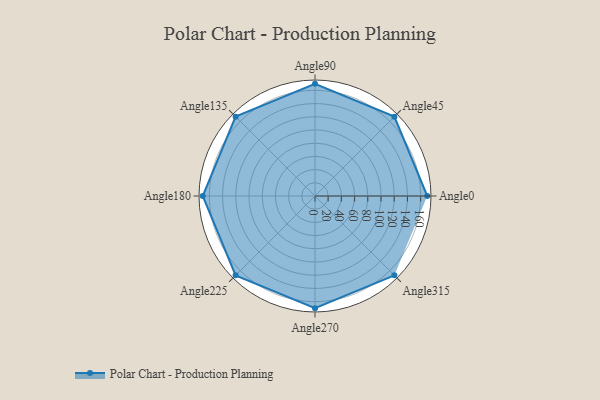
{"axis": {"x": "Angle", "y": "Radius"}, "legend": [""], "data": [{"x": "Angle0", "y": 170, "type": ""}, {"x": "Angle45", "y": 170, "type": ""}, {"x": "Angle90", "y": 170, "type": ""}, {"x": "Angle135", "y": 170, "type": ""}, {"x": "Angle180", "y": 170, "type": ""}, {"x": "Angle225", "y": 170, "type": ""}, {"x": "Angle270", "y": 170, "type": ""}, {"x": "Angle315", "y": 170, "type": ""}]}